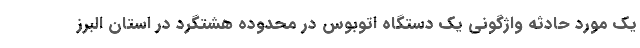
یک مورد حادثه واژگونی یک دستگاه اتوبوس در محدوده هشتگرد در استان البرز